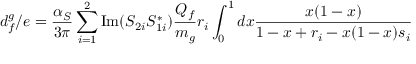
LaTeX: d _ { f } ^ { g } / e = { \frac { \alpha _ { S } } { 3 \pi } } \sum _ { i = 1 } ^ { 2 } \mathrm { I m } ( S _ { 2 i } S _ { 1 i } ^ { \ast } ) { \frac { Q _ { f } } { m _ { g } } } r _ { i } \int _ { 0 } ^ { 1 } d x { \frac { x ( 1 - x ) } { 1 - x + r _ { i } - x ( 1 - x ) s _ { i } } }